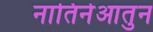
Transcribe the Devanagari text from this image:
नातिनेआतुन